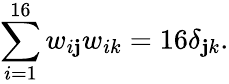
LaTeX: \sum_{i=1}^{16}w_{i\mathbf{j}}w_{ik}=16\delta_{\mathbf{j}k}.